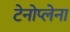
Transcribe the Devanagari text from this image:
टेनोप्लेना